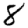
Digit: 8